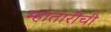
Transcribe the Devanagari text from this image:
म्हातारीची